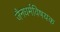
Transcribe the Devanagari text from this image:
जैनधर्मविषयक